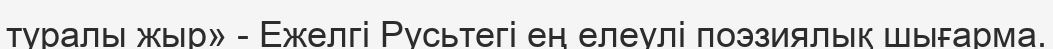
туралы жыр» - Ежелгі Русьтегі ең елеулі поэзиялық шығарма.